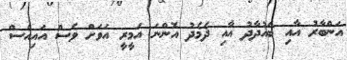
އަންބާރު އާއި ބަޣުދާދު އާއި ދެމެދު އޮންނަ އަމީރީ އަވަށް ވެސް އައިއެސް